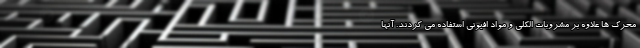
محرک ها علاوه بر مشروبات الکلی و مواد افیونی استفاده می کردند. آنها